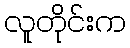
လူတိုင်းက